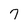
Character: 7